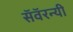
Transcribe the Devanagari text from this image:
सॅवॅरन्यी